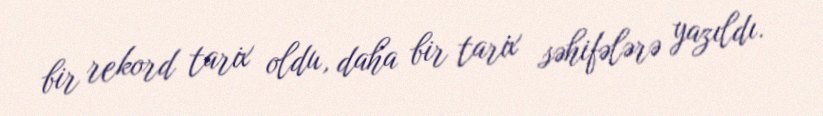
bir rekord tarix oldu, daha bir tarix səhifələrə yazıldı.